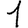
Digit: 1